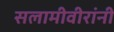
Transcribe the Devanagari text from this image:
सलामीवीरांनी